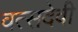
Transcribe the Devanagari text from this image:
वत्सदेवी